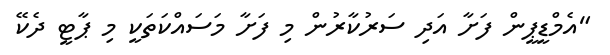
"އެމްޑީޕީން ފަށާ އަދި ސަރުކާރުން މި ފަށާ މަސައްކަތަކީ މި ޕާޓީ ދެކޭ